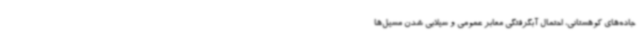
جاده‌های کوهستانی، احتمال آبگرفتگی معابر عمومی و سیلابی شدن مسیل‌ها